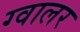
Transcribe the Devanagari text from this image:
ग्वालर